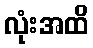
လုံးအထိ